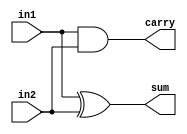
module HA_DF(in1,in2,sum,carry);
  input in1, in2;
  output reg  sum, carry;
  
  assign sum=in1^in2;
  assign carry=in1&in2;
  
endmodule